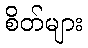
စိတ်များ